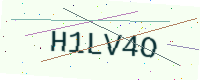
Text: H1LV4O